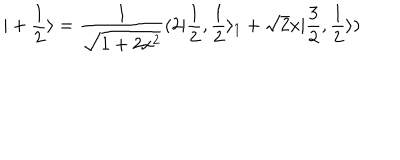
LaTeX: | + \frac { 1 } { 2 } \rangle = \frac { 1 } { \sqrt { 1 + 2 x ^ { 2 } } } ( 2 | \frac { 1 } { 2 } , \frac { 1 } { 2 } \rangle _ { 1 } + \sqrt { 2 } x | \frac { 3 } { 2 } , \frac { 1 } { 2 } \rangle )